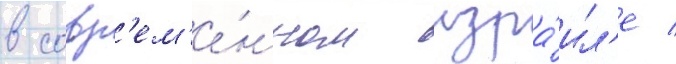
в совр'ем'е́нном изра́ил'е /